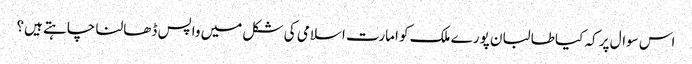
اس سوال پر کہ کیا طالبان پورے ملک کو امارت اسلامی کی شکل میں واپس ڈھالنا چاہتے ہیں؟